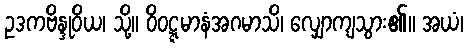
ဥဒကဗိန္ဒုဝိယ၊ သို့။ ဝိဝဋ္ဋမာနံအဂမာသိ၊ လျှောကျသွား၏။ အယံ၊